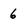
Character: 6